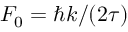
{ F } _ { 0 } = \hbar { k } / ( 2 \tau )